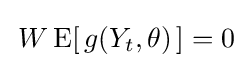
\,W\operatorname {E} [\,g(Y_{t},\theta )\,]=0